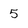
Character: 5